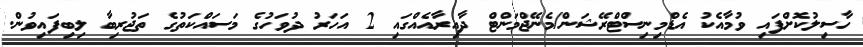
ހާސިލުކޮށްފައި ވުމާއެކު އެޑްމިނިސްޓްރޭޝަން/މެނޭޖްމަންޓް ދާއިރާއެއްގައި 2 އަހަރު ދުވަހުގެ މަސައްކަތުގެ ތަޖުރިބާ ލިބިފައިވުން.